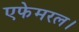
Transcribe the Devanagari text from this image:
एफेमरल।